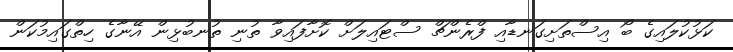
ކަޅުކުލައިގެ ބޯ އިސްތަށިގަނޑާއި ފްރެންޗް ސްޓައިލަށް ކޮށާފައިވާ ތުނި ތުނބުޅިން އޭނާގެ ހިތްގައިމުކަން